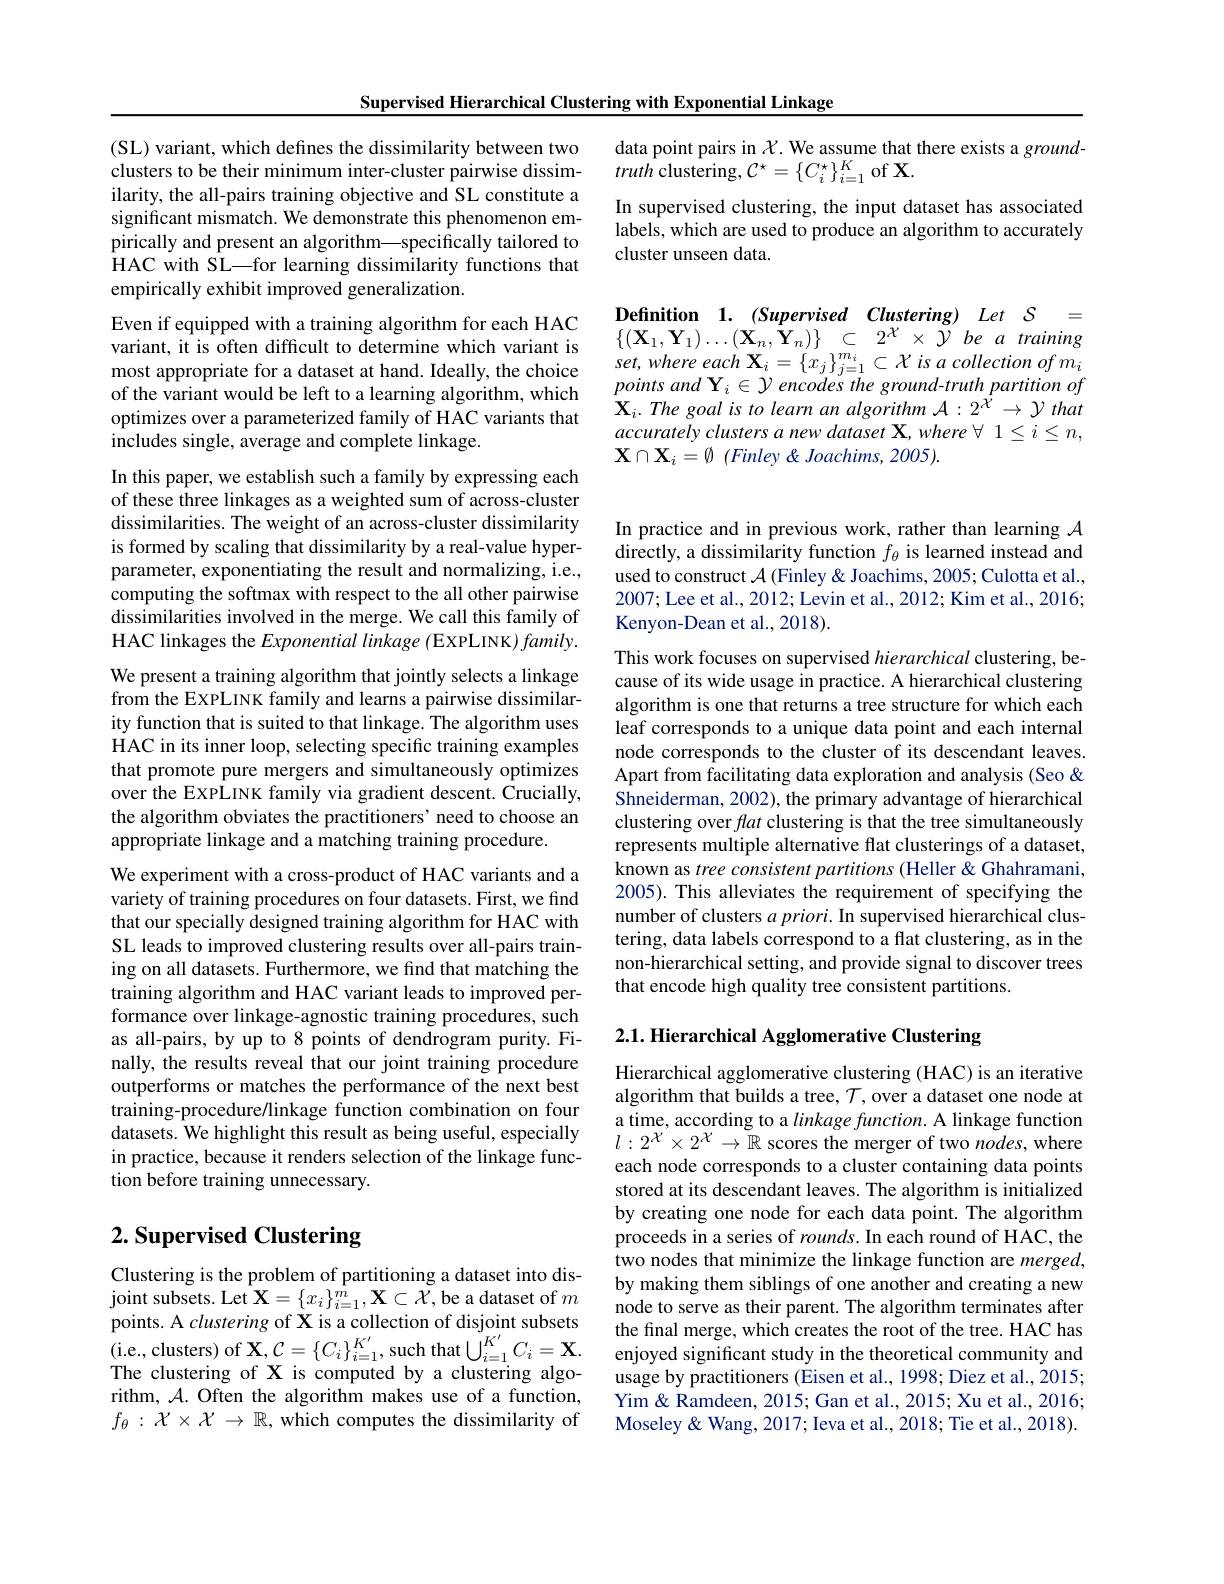
Supervised Hierarchical Clustering with Exponential Linkage

data point pairs in $\mathcal{X}$. We assume that there exists a ground-
truth clustering, $\mathcal{C}^\star=\{C_i^\star\}_{i=1}^K$ of X.
In supervised clustering, the input dataset has associated labels, which are used to produce an algorithm to accurately cluster unseen data.

Definition 1. (Supervised Clustering) Let $S=$ $\{ ( \mathbf{X} _{1}, \mathbf{Y} _{1}) \ldots ( \mathbf{X} _{n}, \mathbf{\dot{Y} } _{n}) \}$ $\subset$ $2^{\mathcal{X} }\times \ddot{\mathcal{Y} }$ $be$ $a$ training $set, where$ each $\mathbf{X} _{i}= \{ x_{j}\} _{j= 1}^{m_{i}}\subset \mathcal{X}$ $is$ $a$ collection $of$ $m_{i}$ $pointsand\mathbf{Y}_{i}\in\mathcal{Y}$ encodes the ground-truth partition of $\mathbf{X} _{i}. \textit{The goal is to learn an algorithm A}: 2^{\dot{\chi } }\to \mathcal{Y}$ that accurately clusters a new dataset X, where $\forall$ $1\leq i\leq n$, $\mathbf{X}\cap\mathbf{X}_i=\emptyset$ (Finley &Joachims, 2005).

(SL) variant, which defines the dissimilarity between two clusters to be their minimum inter-cluster pairwise dissimilarity, the all-pairs training objective and SL constitute a significant mismatch. We demonstrate this phenomenon empirically and present an algorithm—specifically tailored to HAC with SL—for learning dissimilarity functions that empirically exhibit improved generalization.
Even if equipped with a training algorithm for each HAC variant, it is often difficult to determine which variant is most appropriate for a dataset at hand. Ideally, the choice of the variant would be left to a learning algorithm, which optimizes over a parameterized family of HAC variants that includes single, average and complete linkage.
In this paper, we establish such a family by expressing each of these three linkages as a weighted sum of across-cluster dissimilarities. The weight of an across-cluster dissimilarity is formed by scaling that dissimilarity by a real-value hyperparameter, exponentiating the result and normalizing, i.e., computing the softmax with respect to the all other pairwise dissimilarities involved in the merge. We call this family of HAC linkages the Exponential linkage (EXPLINK) family. We present a training algorithm that jointly selects a linkage from the EXPLINK family and learns a pairwise dissimilarity function that is suited to that linkage. The algorithm uses HAC in its inner loop, selecting specific training examples that promote pure mergers and simultaneously optimizes over the EXPLINK family via gradient descent. Crucially, the algorithm obviates the practitioners' need to choose an appropriate linkage and a matching training procedure.
We experiment with a cross-product of HAC variants and a variety of training procedures on four datasets. First, we find that our specially designed training algorithm for HAC with SL leads to improved clustering results over all-pairs training on all datasets. Furthermore, we find that matching the training algorithm and HAC variant leads to improved performance over linkage-agnostic training procedures, such as all-pairs, by up to 8 points of dendrogram purity. Finally, the results reveal that our joint training procedure outperforms or matches the performance of the next best training-procedure/linkage function combination on four datasets. We highlight this result as being useful, especially in practice, because it renders selection of the linkage function before training unnecessary.

# 2. Supervised Clustering

Clustering is the problem of partitioning a dataset into dis- ${\mathrm{joint~subsets.~Let~X=\{x_{i}\}_{i=1}^{m},X\subset X,be~a~dataset~of~}m}$ rithm, $\mathcal{A}.$ Often the algorithm makes use of a function, $f_\theta:\mathcal{X}\times\mathcal{X}\to\mathbb{R}$, which computes the dissimilarity of

In practice and in previous work, rather than learning $\mathcal{A}$ directly, a dissimilarity function $f_\theta$ is learned instead and used to construct $\mathcal{A}$ (Finley & Joachims, 2005; Culotta et al., 2007; Lee et al., 2012; Levin et al., 2012; Kim et al., 2016; Kenyon-Dean et al., 2018).

This work focuses on supervised hierarchical clustering, because of its wide usage in practice. A hierarchical clustering algorithm is one that returns a tree structure for which each leaf corresponds to a unique data point and each internal node corresponds to the cluster of its descendant leaves. Apart from facilitating data exploration and analysis (Seo & $\hat{\text{Shneiderman, 2002), the primary advantage of hierarchical}}$ clustering over fat clustering is that the tree simultaneously represents multiple alternative flat clusterings of a dataset, known as tree consistent partitions (Heller &Ghahramani, 2005). This alleviates the requirement of specifying the number of clusters $a\textit{priori. In supervised hierarchical clus- }$ tering, data labels correspond to a flat clustering, as in the non-hierarchical setting, and provide signal to discover trees that encode high quality tree consistent partitions.

2.1. Hierarchical Agglomerative Clustering

Hierarchical agglomerative clustering (HAC) is an iterative algorithm that builds a tree, $\mathcal{T}$, over a dataset one node at a time, according to a linkage function. A linkage function $l:2^{\mathcal{X}^{\prime}}\times2^{\mathcal{X}}\to\mathbb{R}$ scores the merger of two nodes, where each node corresponds to a cluster containing data points stored at its descendant leaves. The algorithm is initialized by creating one node for each data point. The algorithm proceeds in a series of $rounds.$ In each round of HAC, the two nodes that minimize the linkage function are merged, by making them siblings of one another and creating a new node to serve as their parent. The algorithm terminates after
$\begin{aligned}&\text{points. A clustering of X is a collection of disjoint subsets}&\text{the final merge, which creates the root of the tree. HAC has(i.e.. clusters) of X, C=\{C,\}}_{i=1}^{K^{\prime}},\text{such that }\bigcup_{i=1}^{K^{\prime}}C_i=\mathbf{X}.&\text{enjoyed significant studyin the theoretical}\end{aligned}$
usage by practitioners (Eisen et al., 1998; Diez et al., 2015; Yim& Ramdeen, 2015; Gan et al., 2015; Xu et al., 2016; Moseley & Wang, 2017; Ieva et al., 2018; Tie et al., 2018).